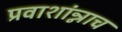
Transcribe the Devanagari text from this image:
प्रवाशांन्नाच